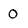
Character: O